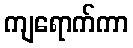
ကျရောက်ကာ